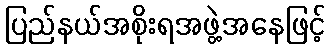
ပြည်နယ်အစိုးရအဖွဲ့အနေဖြင့်